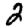
Digit: 2